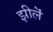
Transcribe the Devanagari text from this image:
झीलॆं